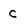
Character: c